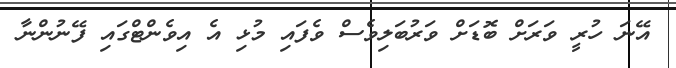
އޭނަ ހުރީ ވަރަށް ބޮޑަށް ވަރުބަލިވެސް ވެފައި މުޅި އެ އިވެންޓްގައި ފޭނުންނާ